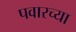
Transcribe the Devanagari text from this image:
पवारच्या